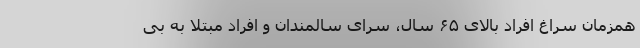
همزمان سراغ افراد بالای ۶۵ سال، سرای سالمندان و افراد مبتلا به بی